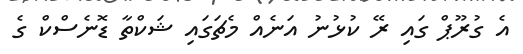
އެ ގުރޫޕް ގައި ރޭ ކުޅުނު އަނެއް މެޗަގައި ޝަކްތާ ޑޮނެސްކް ގެ